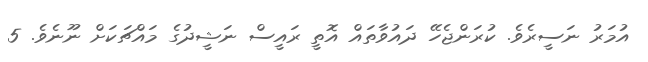
އުމަރު ނަސީރެވެ. ކުރަންޖެހޭ ދައުވާތައް އޮތީ ރައީސް ނަޝީދުގެ މައްޗަކަށް ނޫނެވެ. 5